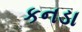
કનડા